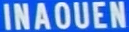
INAOUEN